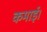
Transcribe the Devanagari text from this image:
कमाई।